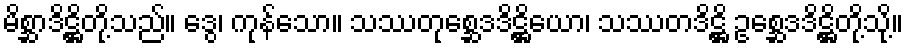
မိစ္ဆာဒိဋ္ဌိတို့သည်။ ဒွေ၊ ကုန်သော။ သဿတုစ္ဆေဒဒိဋ္ဌိယော၊ သဿတဒိဋ္ဌိ ဥစ္ဆေဒဒိဋ္ဌိတို့သို့။